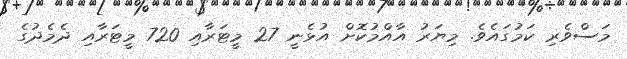
މަސްވެރި ކަމުގައެވެ. މިޔަރު އާއްމުކޮށް އުޅެނީ 27 މީޓަރާއި 720 މީޓަރާއި ދެމެދުގެ